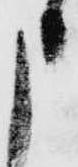
申